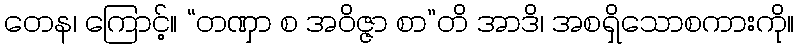
တေန၊ ကြောင့်။ “တဏှာ စ အဝိဇ္ဇာ စာ”တိ အာဒိ၊ အစရှိသောစကားကို။